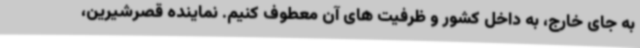
به جای خارج، به داخل کشور و ظرفیت های آن معطوف کنیم. نماینده قصرشیرین،